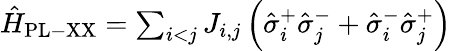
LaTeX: \begin{array}{r}{\hat{H}_{\mathrm{{PL-XX}}}=\sum_{i<j}J_{i,j}\left(\hat{\sigma}_{i}^{+}\hat{\sigma}_{j}^{-}+\hat{\sigma}_{i}^{-}\hat{\sigma}_{j}^{+}\right)}\end{array}